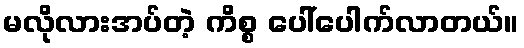
မလိုလားအပ်တဲ့ ကိစ္စ ပေါ်ပေါက်လာတယ်။